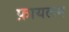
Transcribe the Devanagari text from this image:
फ़ायलम